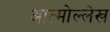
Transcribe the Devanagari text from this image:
आत्मोल्लेख